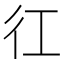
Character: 𢓁